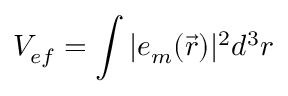
V _ { e f } = \int | e _ { m } ( \vec { r } ) | ^ { 2 } d ^ { 3 } r